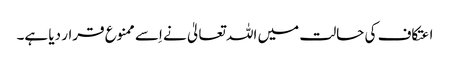
اعتکاف کی حالت میں اللہ تعالیٰ نے اِسے ممنوع قرار دیا ہے۔